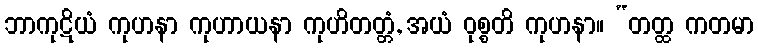
ဘာကုဋိယံ ကုဟနာ ကုဟာယနာ ကုဟိတတ္တံ, အယံ ဝုစ္စတိ ကုဟနာ။ “တတ္ထ ကတမာ